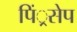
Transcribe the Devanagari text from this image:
पिं्रसेप